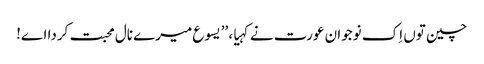
چین توں اِک نوجوان عورت نے کہیا، ’’یسوع میرے نال محبت کردا اے!